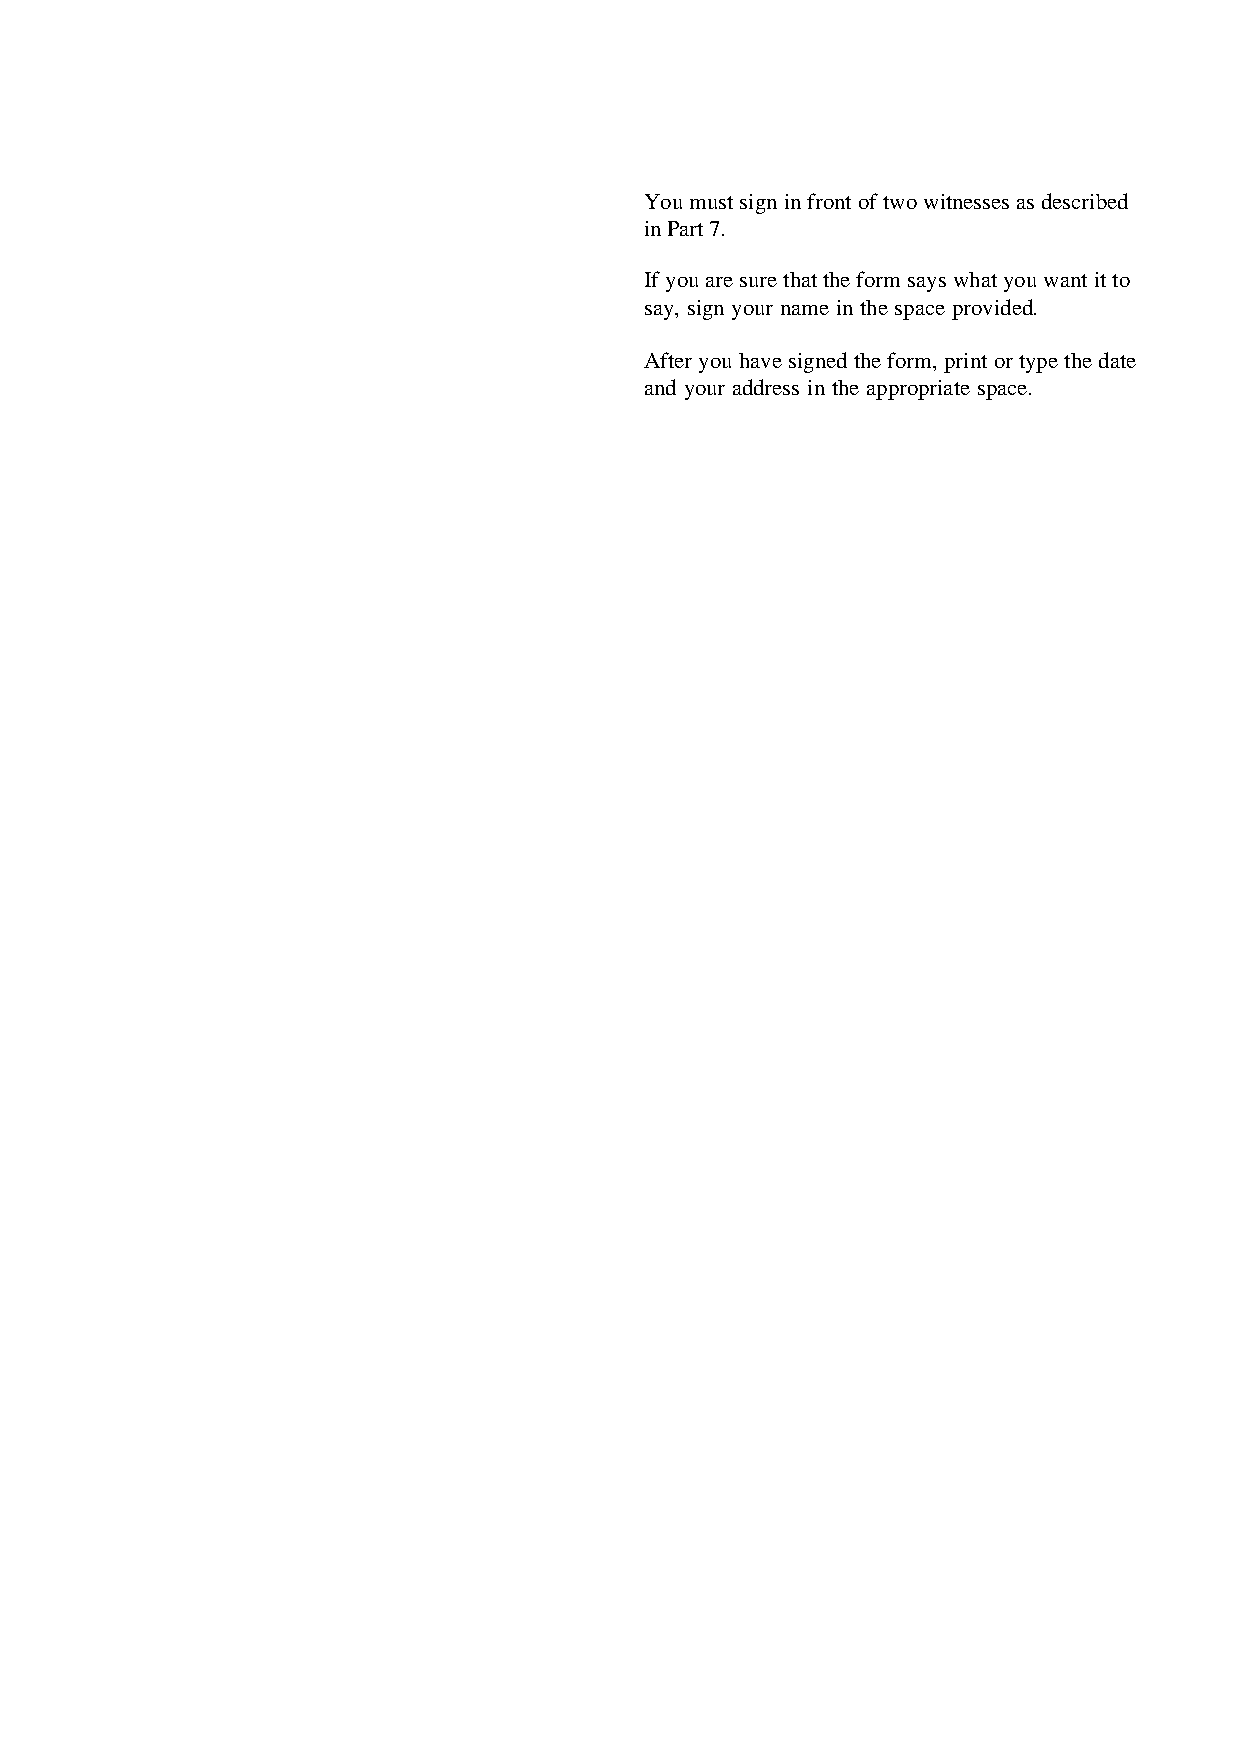
You must sign in front of two witnesses as described
 in Part 7.
 If you are sure that the form says what you want it to
 say, sign your name in the space provided.
 After you have signed the form, print or type the date
 and your address in the appropriate space.